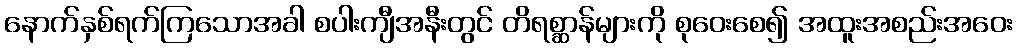
နောက်နှစ်ရက်ကြသောအခါ စပါးကျီအနီးတွင် တိရစ္ဆာန်များကို စုဝေးစေ၍ အထူးအစည်းအဝေး